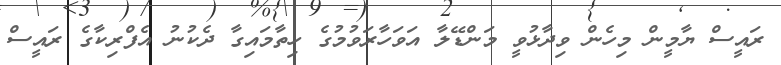
ރައީސް ޔާމީން މިހެން ވިދާޅުވީ މަންޑޭލާ އަވަހާރަވުމުގެ ހިތާމައިގާ ދެކުނު އެފްރިކާގެ ރައީސް